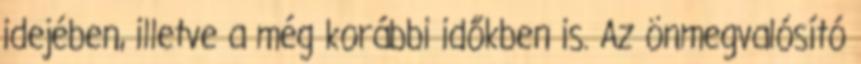
idejében, illetve a még korábbi időkben is. Az önmegvalósító